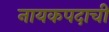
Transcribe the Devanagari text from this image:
नायकपदाची